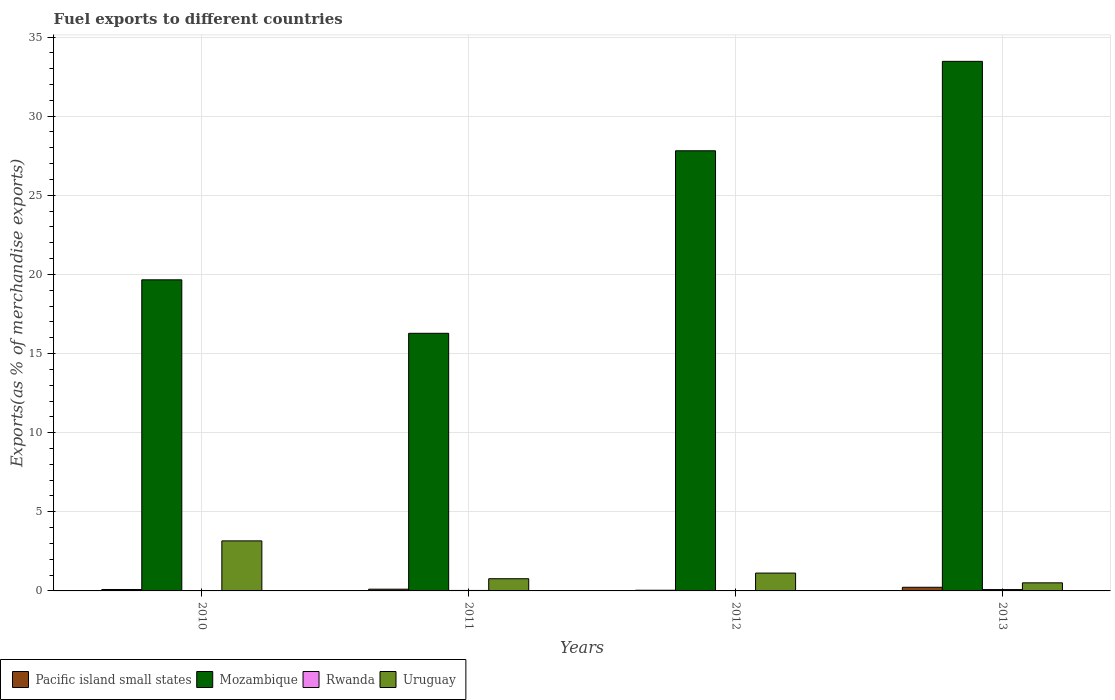
| Years | Pacific island small states | Mozambique | Rwanda | Uruguay |
 | --- | --- | --- | --- | --- |
 | 2010 | 0.0902 | 19.7 | 0.00524 | 3.16 |
 | 2011 | 0.11 | 16.3 | 0.0304 | 0.771 |
 | 2012 | 0.0427 | 27.8 | 0.0241 | 1.13 |
 | 2013 | 0.23 | 33.5 | 0.0849 | 0.511 |